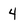
Character: 4